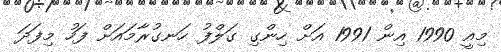
މިއީ 1990 އިން 1991 އަށް ހިންގި ގަލްފު ހަނގުރާމައަށް ފަހު މިފަދަ